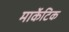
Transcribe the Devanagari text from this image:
मार्केटिक